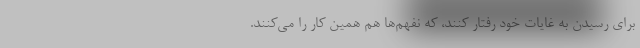
برای رسیدن به غایات خود رفتار کنند، که نفهم‌ها هم همین کار را می‌کنند.